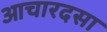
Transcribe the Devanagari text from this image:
आचारदसा